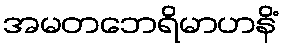
အမတဘေရိမာဟနိံ